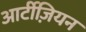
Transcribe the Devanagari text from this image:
आर्टीज़ियन